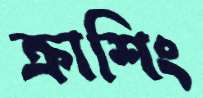
ক্রাশিং